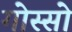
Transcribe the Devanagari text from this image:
गोस्सो